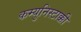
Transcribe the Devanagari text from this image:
कम्युनिस्टाक्की